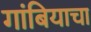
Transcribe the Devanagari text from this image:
गांबियाचा